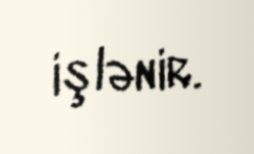
işlənir.